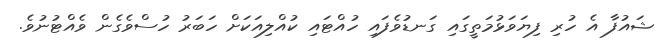
ޝައުފާ އެ ހުރި ފިޔަވަޅުމަތީގައި ގަނޑުވެފައި ހުއްޓައި ކުއްލިއަކަށް ހަބަރު ހުސްވެގެން ވެއްޓުނުވެ.